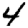
Digit: 4